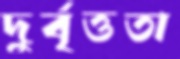
দুর্বৃত্ততা